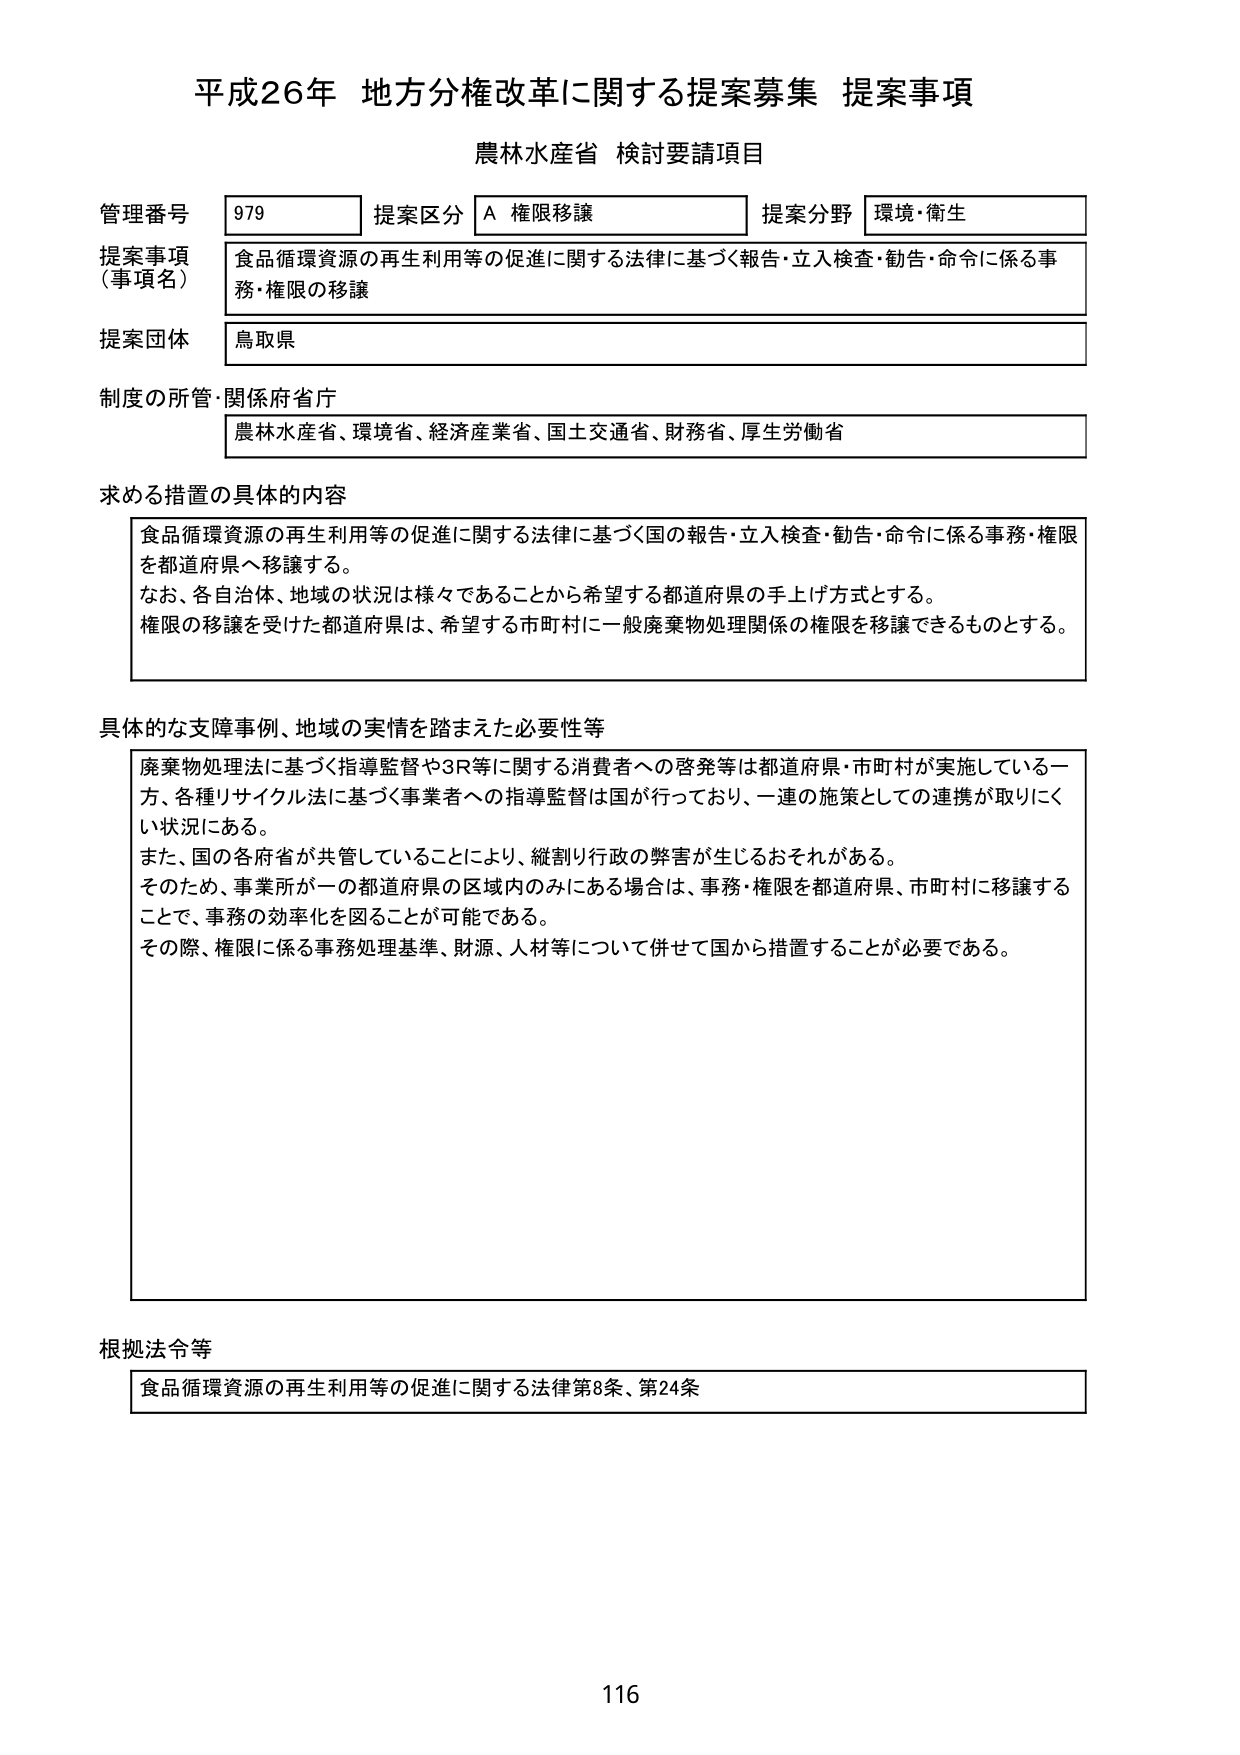
平成26年 地方分権改革に関する提案募集 提案事項
農林水産省 検討要請項目

管理番号 979
提案区分 A 権限移譲
提案分野 環境・衛生

提案事項（事項名）
食品循環資源の再生利用等の促進に関する法律に基づく報告・立入検査・勧告・命令に係る事務・権限の移譲

提案団体
鳥取県

制度の所管・関係府省庁
農林水産省、環境省、経済産業省、国土交通省、財務省、厚生労働省

求める措置の具体的内容
食品循環資源の再生利用等の促進に関する法律に基づく国の報告・立入検査・勧告・命令に係る事務・権限を都道府県へ移譲する。
なお、各自治体、地域の状況は様々であることから希望する都道府県の手上げ方式とする。
権限の移譲を受けた都道府県は、希望する市町村に一般廃棄物処理関係の権限を移譲できるものとする。

具体的な支障事例、地域の実情を踏まえた必要性等
廃棄物処理法に基づく指導監督や3R等に関する消費者への啓発等は都道府県・市町村が実施している一方、各種リサイクル法に基づく事業者への指導監督は国が行っており、一連の施策としての連携が取りにくい状況にある。
また、国の各府省が共管していることにより、縦割り行政の弊害が生じるおそれがある。
そのため、事業所が一の都道府県の区域内のみにある場合は、事務・権限を都道府県、市町村に移譲することで、事務の効率化を図ることが可能である。
その際、権限に係る事務処理基準、財源、人材等について併せて国から措置することが必要である。

根拠法令等
食品循環資源の再生利用等の促進に関する法律第8条、第24条

116